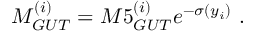
M _ { G U T } ^ { ( i ) } = M 5 _ { G U T } ^ { ( i ) } e ^ { - \sigma ( y _ { i } ) } ~ . ~ \,